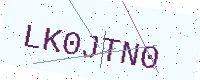
Text: LK0JTN0